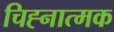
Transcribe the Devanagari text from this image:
चिह्नात्मक